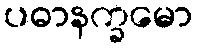
ပဓာနက္ခမော